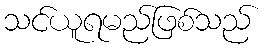
သင်ယူရမည်ဖြစ်သည်